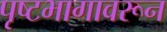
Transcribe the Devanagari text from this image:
पृष्टभागावरून